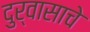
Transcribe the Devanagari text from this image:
दुर्वासाचे